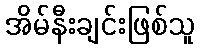
အိမ်နီးချင်းဖြစ်သူ